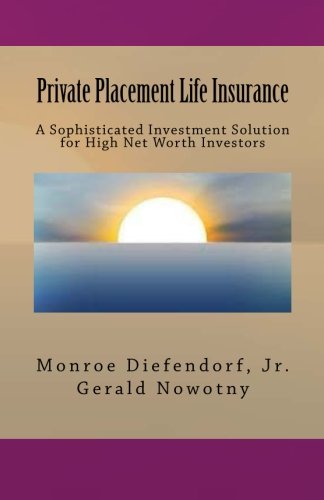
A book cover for Private Placement Life Insurance; Monroe Diefendorf Jr.; Business & Money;